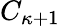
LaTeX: C_{\kappa+1}